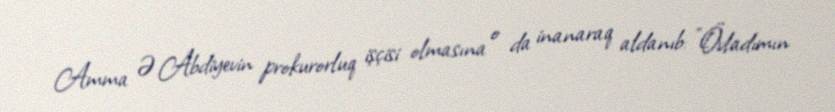
Amma Ə.Abdiyevin prokurorluq işçisi olmasına o da inanaraq aldanıb: "Övladımın